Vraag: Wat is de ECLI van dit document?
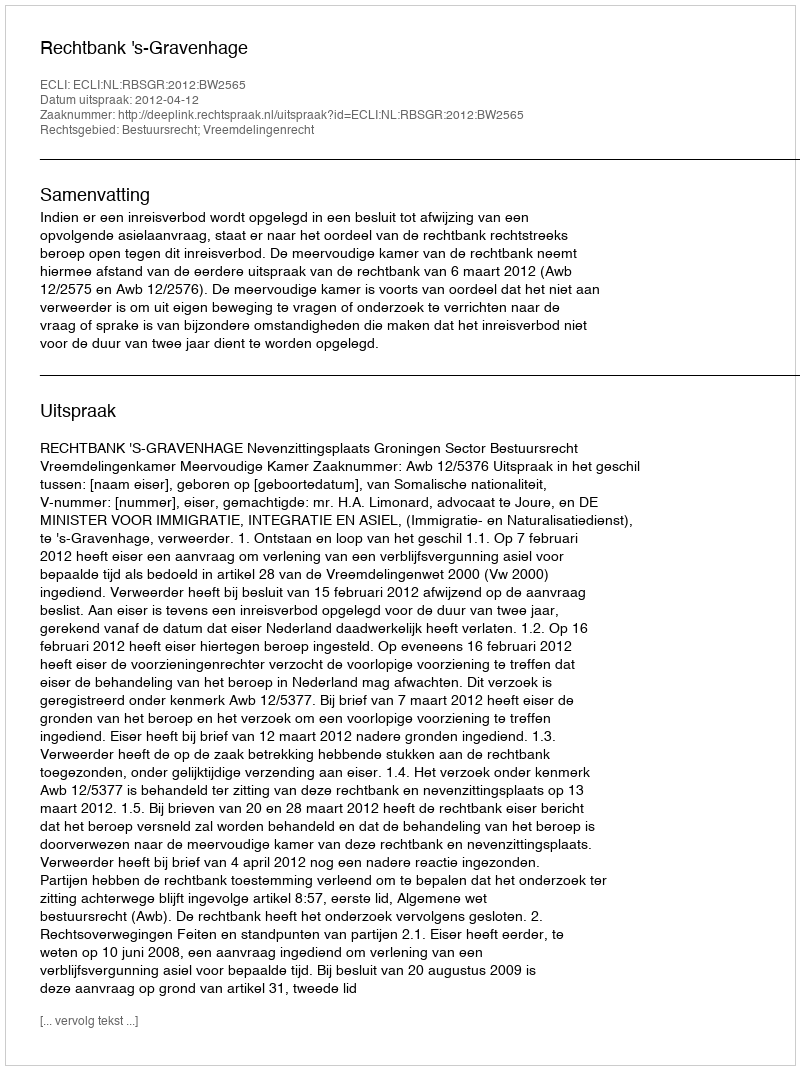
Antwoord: ECLI:NL:RBSGR:2012:BW2565